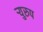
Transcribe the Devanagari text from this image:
र्‍युरुप